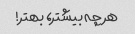
هر چه بیشتر، بهتر!